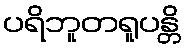
ပရိဘူတရူပန္တိ